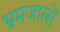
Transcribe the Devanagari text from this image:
भ्रमजालों